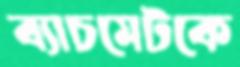
ব্যাচমেটকে